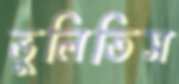
ভুলিতিস